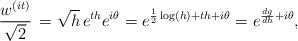
LaTeX: \begin{align*}\frac { w^{(it)}}{\sqrt{2}} \, = \sqrt{h} \, e^{t h}e^{i \theta} = e^{\frac 12 \log(h) + th + i \theta}= e^{\frac {dg}{dh}+ i \theta},\end{align*}